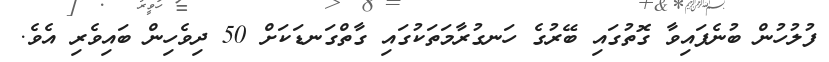
ފުުލުހުން ބުނެފައިވާ ގޮތުގައި ބޭރުގެ ހަނގުރާމަތަކުގައި ގާތްގަނޑަކަށް 50 ދިވެހިން ބައިވެރި އެވެ.